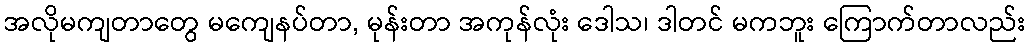
အလိုမကျတာတွေ မကျေနပ်တာ, မုန်းတာ အကုန်လုံး ဒေါသ၊ ဒါတင် မကဘူး ကြောက်တာလည်း